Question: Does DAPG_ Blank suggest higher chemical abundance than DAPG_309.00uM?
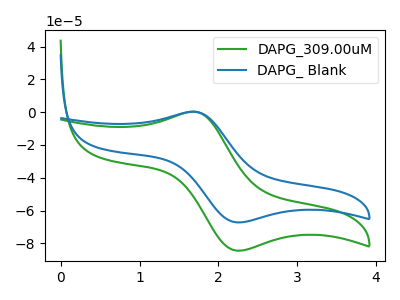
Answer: <think>The green curve "DAPG_309.00uM" has an anodic peak at (1.70V, 0.35uA) and a cathodic peak at (2.25V, -84.50uA). The blue curve "DAPG_ Blank" has an anodic peak at (1.70V, 0.25uA) and a cathodic peak at (2.25V, -67.25uA).
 All the peaks in "DAPG_ Blank" have a peak in "DAPG_309.00uM" at the same potential. Every peak in "DAPG_ Blank" is lower than every peak in "DAPG_309.00uM".</think>
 <answer>"DAPG_ Blank" has less signal than "DAPG_309.00uM".</answer>
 <eval>less_signal</eval>